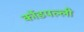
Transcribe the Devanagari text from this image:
कोंडपल्ली